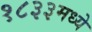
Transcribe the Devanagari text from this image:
१८३३मध्ये